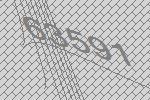
63591